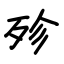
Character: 殄